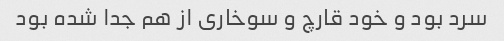
سرد بود و خود قارچ و سوخاری از هم جدا شده بود